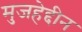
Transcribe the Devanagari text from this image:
मुजहेद्दीन